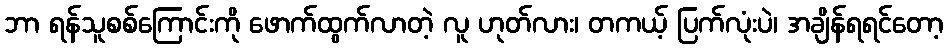
ဘာ ရန်သူစစ်ကြောင်းကို ဖောက်ထွက်လာတဲ့ လူ ဟုတ်လား၊ တကယ့် ပြက်လုံးပဲ၊ အချိန်ရရင်တော့